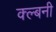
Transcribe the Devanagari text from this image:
क्ल्बनी